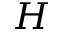
H